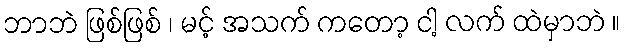
ဘာဘဲ ဖြစ်ဖြစ် ၊ မင့် အသက် ကတော့ ငါ့ လက် ထဲမှာဘဲ ။